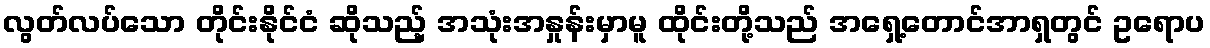
လွတ်လပ်သော တိုင်းနိုင်ငံ ဆိုသည့် အသုံးအနှုန်းမှာမူ ထိုင်းတို့သည် အရှေ့တောင်အာရှတွင် ဥရောပ